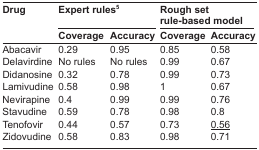
| <ROWSPAN=2> Drug | <COLSPAN=2> Expert rules5 | <COLSPAN=2> Rough set rule-based model |
 | Coverage | Accuracy | Coverage | Accuracy |
 | --- | --- | --- | --- | --- |
 | Abacavir | 0.29 | 0.95 | 0.85 | 0.58 |
 | Delavirdine | No rules | No rules | 0.99 | 0.67 |
 | Didanosine | 0.32 | 0.78 | 0.99 | 0.73 |
 | Lamivudine | 0.58 | 0.98 | 1 | 0.67 |
 | Nevirapine | 0.4 | 0.99 | 0.99 | 0.76 |
 | Stavudine | 0.59 | 0.78 | 0.98 | 0.8 |
 | Tenofovir | 0.44 | 0.57 | 0.73 | <underline>0.56</underline> |
 | Zidovudine | 0.58 | 0.83 | 0.98 | 0.71 |